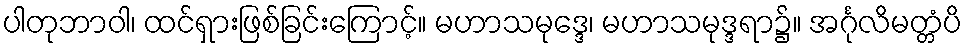
ပါတုဘာဝါ၊ ထင်ရှားဖြစ်ခြင်းကြောင့်။ မဟာသမုဒ္ဒေ၊ မဟာသမုဒ္ဒရာ၌။ အင်္ဂုလိမတ္တံပိ